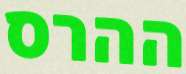
ההרס